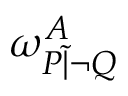
\omega _ { P { \widetilde { | } } \lnot Q } ^ { A }